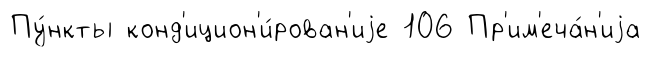
Пу́нкты конд'ицион'и́рован'иjе 106 Пр'им'еча́н'иjа